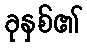
ခုနှစ်၏